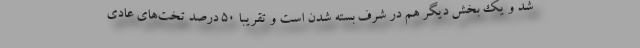
شد و یک بخش دیگر هم در شرف بسته شدن است و تقریبا ۵۰ درصد تخت‌های عادی